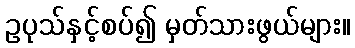
ဥပုသ်နှင့်စပ်၍ မှတ်သားဖွယ်များ။